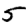
Digit: 5